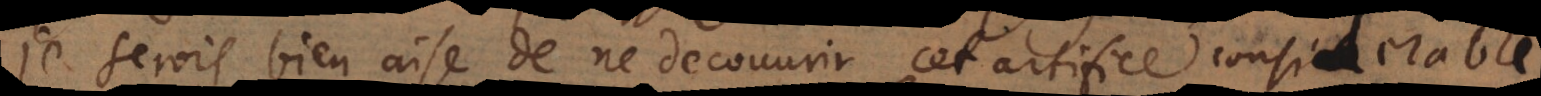
je serois bien aise de ne decouvrir cet artifice